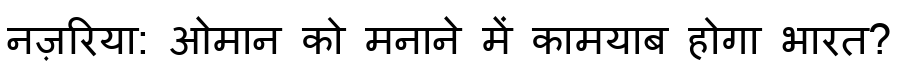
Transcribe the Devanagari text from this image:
नज़रिया: ओमान को मनाने में कामयाब होगा भारत?